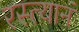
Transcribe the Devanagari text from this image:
रस्त्यानं